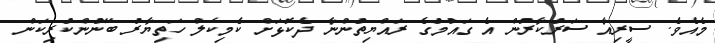
މެއެވެ. ސީރިއާ ސަރުކާރުން އެ ގައުމުގެ ރައްޔިތުންނާ ދެކޮޅަށް ކެމިކަލް ހަތިޔާރު ބޭނުންކުރިކަން